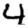
Digit: 4